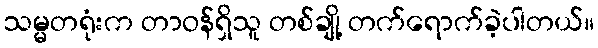
သမ္မတရုံးက တာဝန်ရှိသူ တစ်ချို့ တက်ရောက်ခဲ့ပါတယ်။